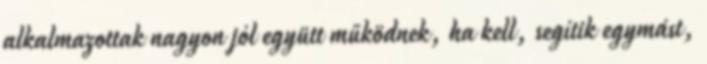
alkalmazottak nagyon jól együtt működnek, ha kell, segítik egymást,